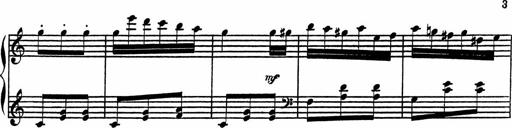
Title: 4 Piano Sonatinas
Composer: Adam Geibel